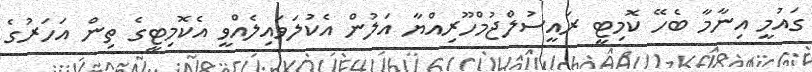
ގައުމީ އިނާމާ ބެހޭ ކޮމިޓީ ރައީސުލްޖުމްހޫރިއްޔާ އަލުން އެކުލަވައިލެއްވީ އެކޮމިޓީގެ ތިން އަހަރުގެ